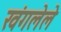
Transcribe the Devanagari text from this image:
खंगलेले